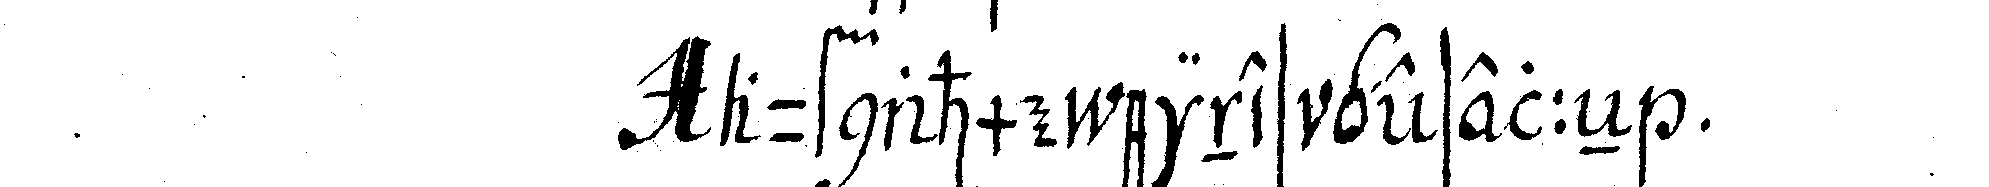
aufnahme eines geselleN .